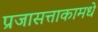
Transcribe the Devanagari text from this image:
प्रजासत्ताकामधे